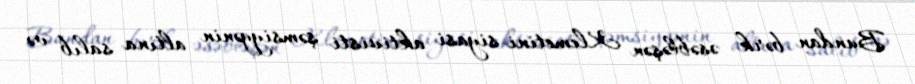
Bundan bərk əsəbləşən Klemetini siyasi aktivisti şəmsiyyənin altına salıb və